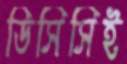
ডিসিসিই